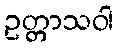
ဥတ္တာသဝါ